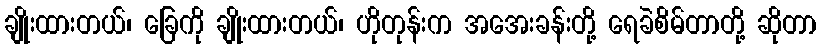
ချိုးထားတယ်၊ ခြေကို ချိုးထားတယ်၊ ဟိုတုန်းက အအေးခန်းတို့ ရေခဲစိမ်တာတို့ ဆိုတာ